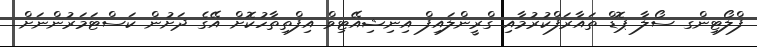
ފްލޯޓިންގ ސޯލާ ޕޮޑް ތައާރަފްކުރުމާއި ގްރީންލައިފް އިނިޝިއޭޓިވް އިފްތިތާހުކޮށް އޭގެ ދަށުން ކަސްޓަމަރުންނަށް